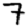
Digit: 7